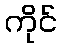
ကိုင်